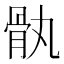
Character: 骫